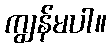
ကျွန်မပါ။